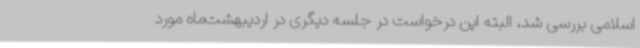
اسلامی بررسی شد، البته این درخواست در جلسه دیگری در اردیبهشت‌ماه مورد